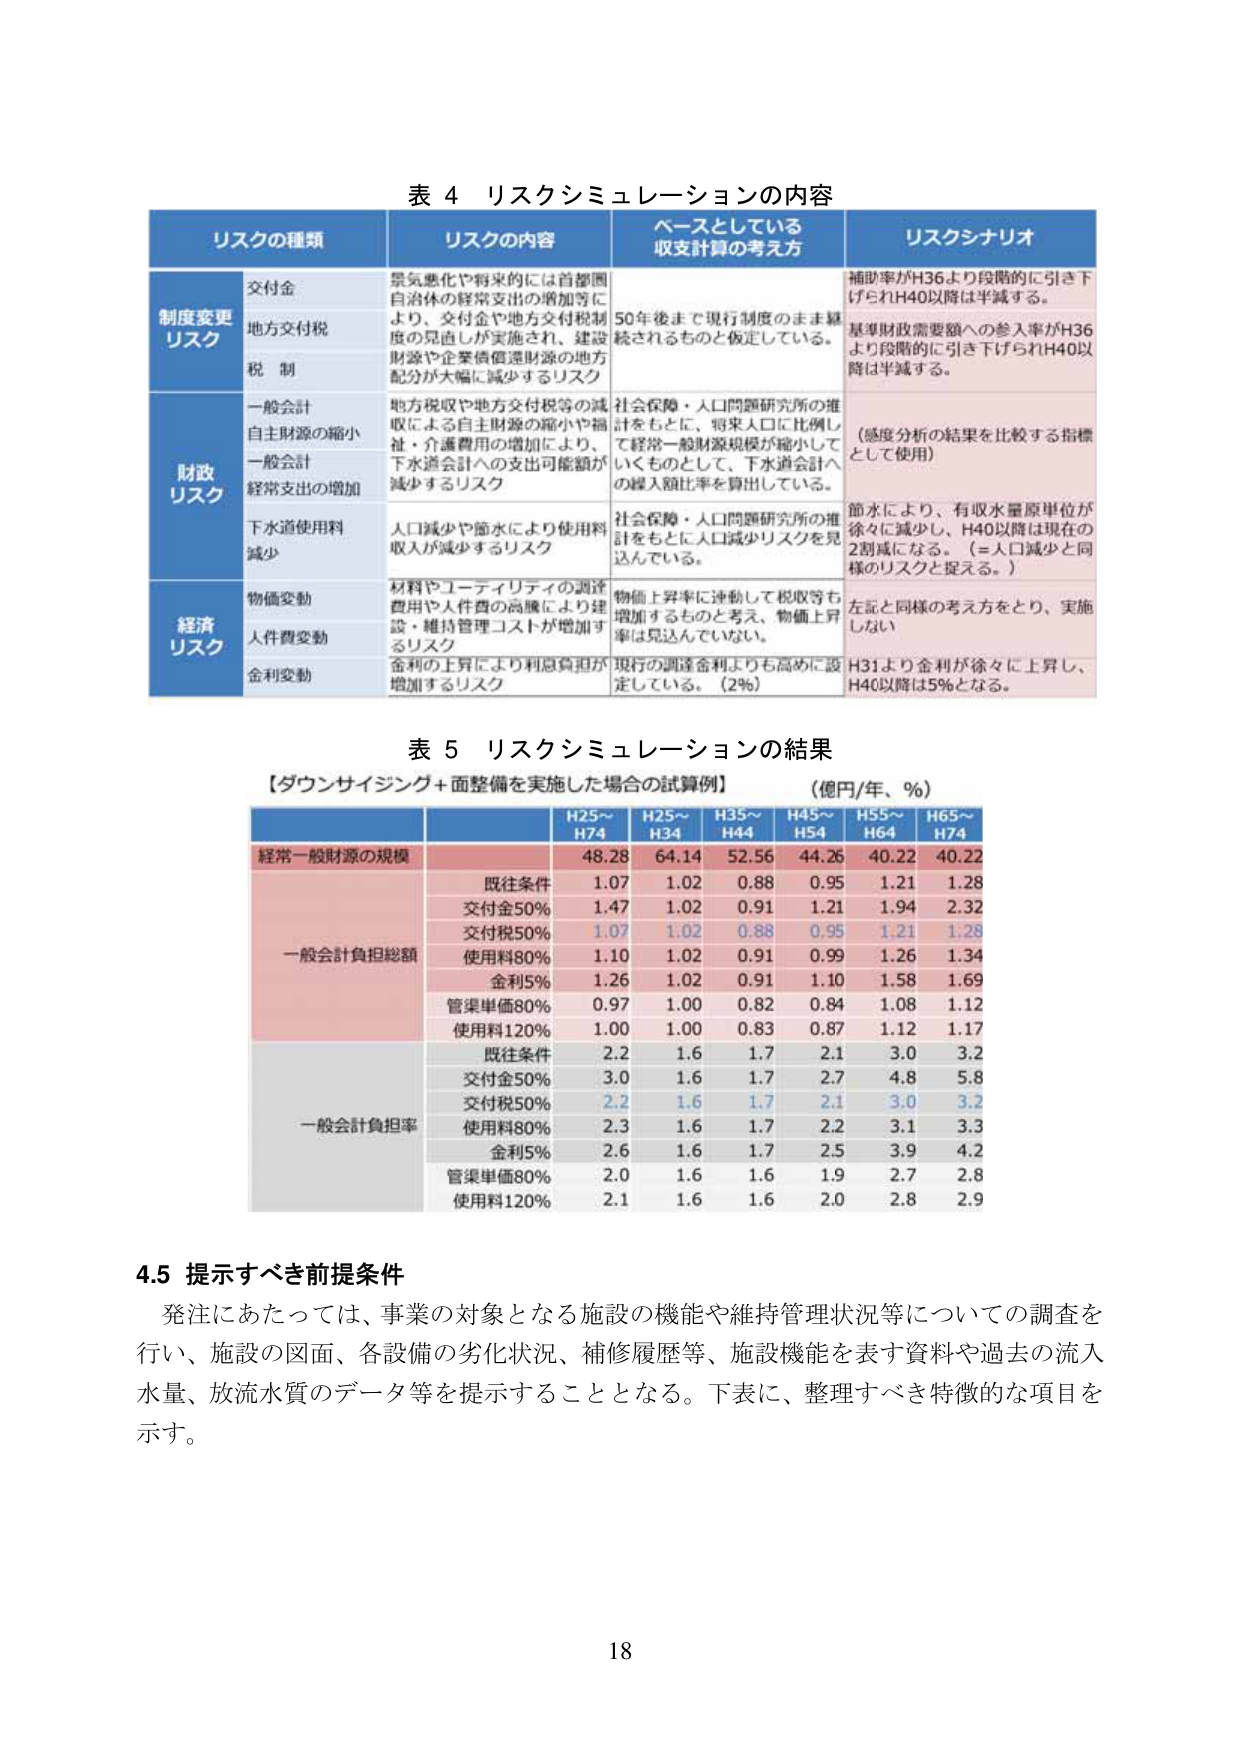
表 4 リスクシミュレーションの内容

リスクの種類 リスクの内容 ベースとしている収支計算の考え方 リスクシナリオ

制度変更リスク
交付金 景気悪化や将来的には首都圏自治体の経常支出の増加等により、交付金や地方交付税制度の見直しが実施され、建設財源や企業債償還財源の地方配分が大幅に減少するリスク 50年後まで現行制度のまま継続されるものと仮定している。 補助率がH36より段階的に引き下げられH40以降は半減する。
地方交付税
税制
基準財政需要額への参入率がH36より段階的に引き下げられH40以降は半減する。

財政リスク
一般会計 自主財源の縮小 地方税収や地方交付税等の減収による自主財源の縮小や福祉・介護費用の増加により、下水道会計への支出可能額が減少するリスク 社会保障・人口問題研究所の推計をもとに、将来人口に比例して経常一般財源規模が縮小していくものとして、下水道会計への繰入額比率を算出している。 （感度分析の結果を比較する指標として使用）
一般会計 経常支出の増加
下水道使用料 減少 人口減少や節水により使用料収入が減少するリスク 社会保障・人口問題研究所の推計をもとに人口減少リスクを見込んでいる。 節水により、有収水量原単位が徐々に減少し、H40以降は現在の2割減になる。（＝人口減少と同様のリスクと捉える。）

経済リスク
物価変動 材料やユーティリティの調達費用や人件費の高騰により建設・維持管理コストが増加するリスク 物価上昇率に連動して税収等も増加するものと考え、物価上昇率は見込んでいない。 左記と同様の考え方をとり、実施しない
人件費変動
金利変動 金利の上昇により利息負担が増加するリスク 現行の調達金利よりも高めに設定している。（2%） H31より金利が徐々に上昇し、H40以降は5%となる。

表 5 リスクシミュレーションの結果
【ダウンサイジング＋面整備を実施した場合の試算例】 （億円/年、％）

H25～H74 H25～H34 H35～H44 H45～H54 H55～H64 H65～H74

経常一般財源の規模 48.28 64.14 52.56 44.26 40.22 40.22

一般会計負担総額
既往条件 1.07 1.02 0.88 0.95 1.21 1.28
交付金50% 1.47 1.02 0.91 1.21 1.94 2.32
交付税50% 1.07 1.02 0.88 0.95 1.21 1.28
使用料80% 1.10 1.02 0.91 0.99 1.26 1.34
金利5% 1.26 1.02 0.91 1.10 1.58 1.69
管渠単価80% 0.97 1.00 0.82 0.84 1.08 1.12
使用料120% 1.00 1.00 0.83 0.87 1.12 1.17

一般会計負担率
既往条件 2.2 1.6 1.7 2.1 3.0 3.2
交付金50% 3.0 1.6 1.7 2.7 4.8 5.8
交付税50% 2.2 1.6 1.7 2.1 3.0 3.2
使用料80% 2.3 1.6 1.7 2.2 3.1 3.3
金利5% 2.6 1.6 1.7 2.5 3.9 4.2
管渠単価80% 2.0 1.6 1.6 1.9 2.7 2.8
使用料120% 2.1 1.6 1.6 2.0 2.8 2.9

4.5 提示すべき前提条件
発注にあたっては、事業の対象となる施設の機能や維持管理状況等についての調査を行い、施設の図面、各設備の劣化状況、補修履歴等、施設機能を表す資料や過去の流入水量、放流水質のデータ等を提示することとなる。下表に、整理すべき特徴的な項目を示す。

18